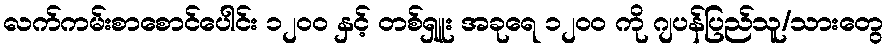
လက်ကမ်းစာစောင်ပေါင်း ၁၂၀၀ နှင့် တစ်ရှူး အခုရေ ၁၂၀၀ ကို ဂျပန်ပြည်သူ/သားတွေ